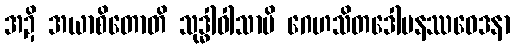
အဍိ အယာစိတောတိ သုဒ္ဓါဝါသာပိ ဂေဟသိတဒေါမနဿဝေဒနာ